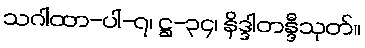
သဂါထာ-ပါ-၇၊ ဋ္ဌ-၃၄၊ နိဒ္ဒါတန္ဒီသုတ်။